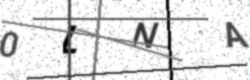
Text: 0LNA